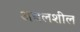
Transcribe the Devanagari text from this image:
अचलशील